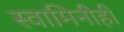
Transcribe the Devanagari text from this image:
स्वामिनीही